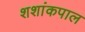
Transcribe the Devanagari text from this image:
शशांकपाल